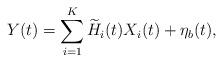
LaTeX: \begin{align*} Y(t)&=\sum_{i=1}^{K}\widetilde{H}_i(t)X_i(t)+\eta_b(t), \end{align*}